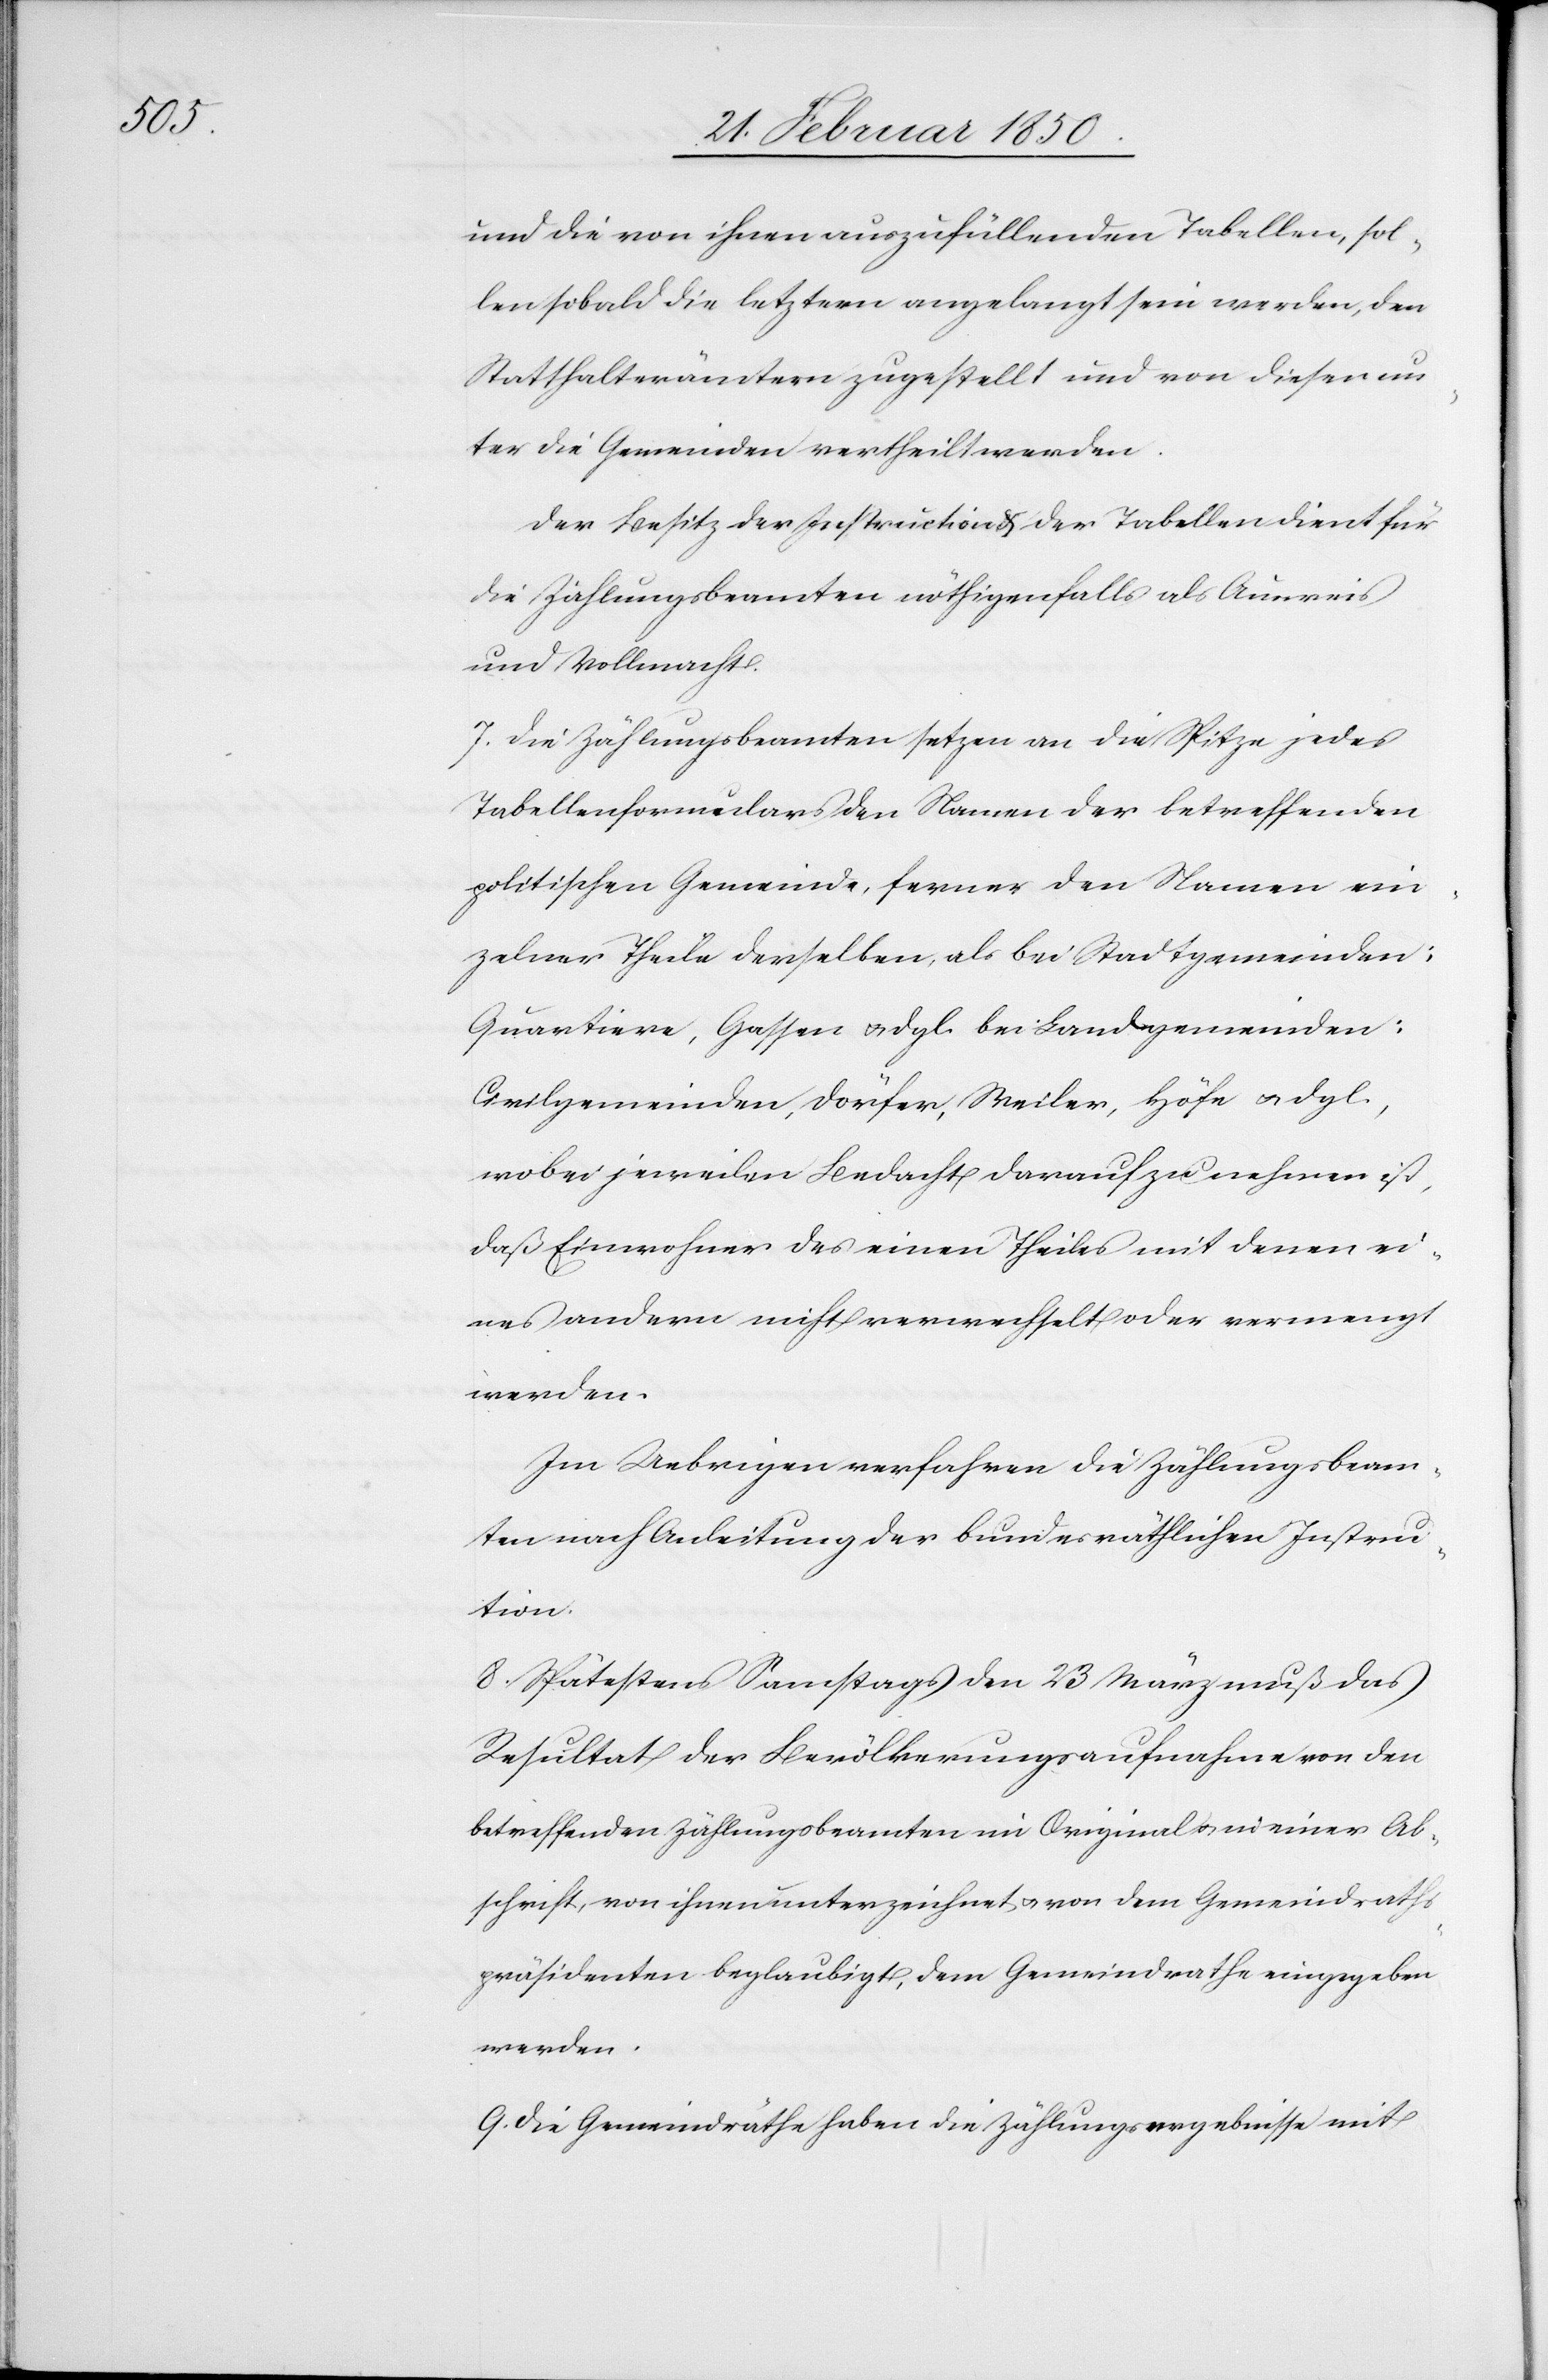
ein¬

und die von ihnen auszufüllenden Tabellen, sol¬
len sobald die letztern angelangt sein werden, den
Statthalterämtern zugestellt und von diesen un¬
ter die Gemeinden vertheilt werden.
Der Besitz der Instruction u. der Tabellen dient für
die Zählungsbeamten nöhtigenfalls als Ausweis
und Vollmacht.
7. Die Zählungsbeamten setzen an die Spitze jedes
Tabellenformulars den Namen der b en politischen Gem¬
zelner Theile derselben, als bei Stadtgemeinden:
Quartiere, Gassen u. dgl. bei Landgemeinden:
Civilgemeinden, Dörfer, Weiler, Höfe u. dgl.,
wobei jeweilen Bedacht darauf zu nehmen ist,
daß Einwohner des einen Theiles mit denen ei¬
nes andern nicht verwechselt oder vermengt
werden.
Im Uebrigen verfahren die Zählungsbeam¬
ten nach Anleitung der bundesräthlichen Instru¬
ction.
8. Spätestens Samstags den 23 März muß das
Resultat der Bevölkerungsaufnahme von den
betreffenden Zählungsbeamten im Original u. in einer Ab¬
schrift, von ihnen unterzeichnet u. von dem Gemeindraths¬
präsidenten beglaubigt, dem Gemeindrathe eingegeben
werden.
9. Die Gemeindräthe haben die Zählungsergebnisse mit